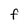
Character: F